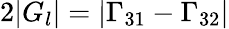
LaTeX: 2|G_{l}|=|\Gamma_{31}-\Gamma_{32}|